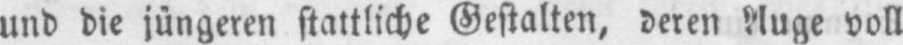
Auge voll